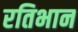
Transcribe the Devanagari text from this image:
रतिभान